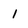
Character: 1